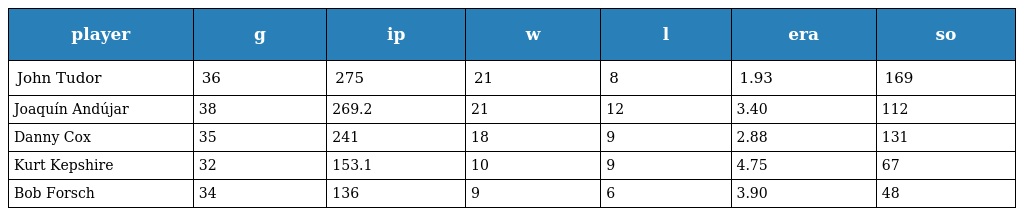
| player | g | ip | w | l | era | so |
 | --- | --- | --- | --- | --- | --- | --- |
 | John Tudor | 36 | 275 | 21 | 8 | 1.93 | 169 |
 | Joaquín Andújar | 38 | 269.2 | 21 | 12 | 3.40 | 112 |
 | Danny Cox | 35 | 241 | 18 | 9 | 2.88 | 131 |
 | Kurt Kepshire | 32 | 153.1 | 10 | 9 | 4.75 | 67 |
 | Bob Forsch | 34 | 136 | 9 | 6 | 3.90 | 48 |